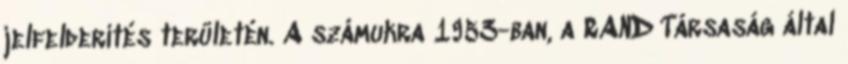
jelfelderítés területén. A számukra 1953-ban, a RAND Társaság által